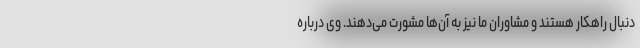
دنبال راهکار هستند و مشاوران ما نیز به آن‌ها مشورت می‌دهند. وی درباره